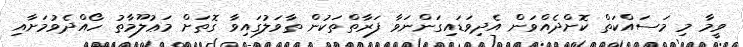
ވީމާ މި މަސައްކަތް ކޮށްދެއްވަން އެދިވަޑައިގަންނަވާ ފަރާތްތަކުން ތާވަލުގައިވާ ގޮތަށް މަޢުލޫމާތު ހޯއްދެވުމަށާއި